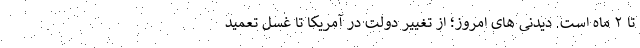
تا ۲ ماه است. دیدنی های امروز؛ از تغییر دولت در آمریکا تا غسل تعمید